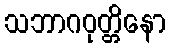
သဘာဂဝုတ္တိနော